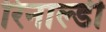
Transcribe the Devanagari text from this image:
रिनाल्डी